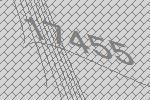
17455